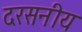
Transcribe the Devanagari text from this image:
दरसनीय